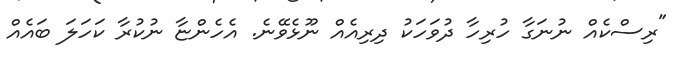
"ރިސްކެއް ނުނަގާ ހުރިހާ ދުވަހަކު ދިރިއެއް ނޫޅެވޭނެ. އެހެންޏާ ނުކުރާ ކަހަލަ ބައެއް